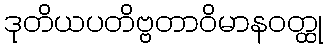
ဒုတိယပတိဗ္ဗတာဝိမာနဝတ္ထု